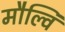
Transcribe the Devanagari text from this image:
मौल्वि